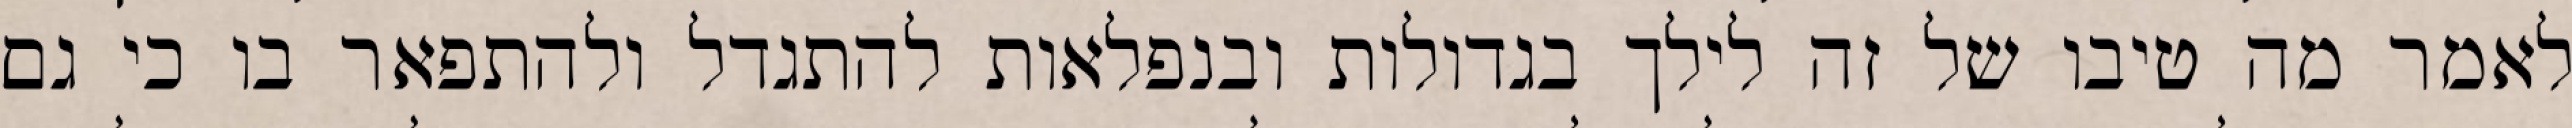
לאמר מה טיבו של זה לילך בגדולות ובנפלאות להתגדל ולהתפאר בו כי גם